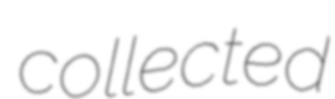
collected